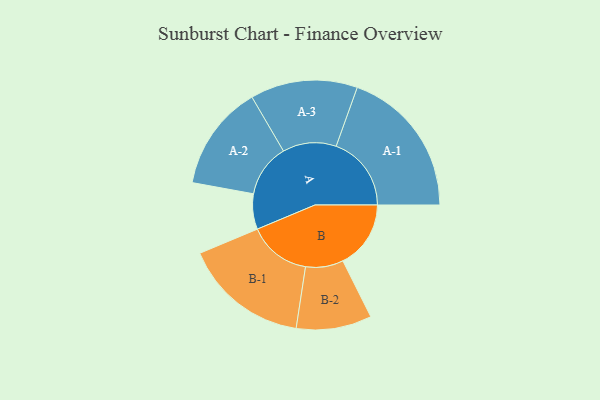
{"axis": {"x": "Segment", "y": "Value"}, "legend": ["", "A", "B"], "data": [{"x": "A", "y": 136, "type": ""}, {"x": "B", "y": 261, "type": ""}, {"x": "A-1", "y": 289, "type": "A"}, {"x": "A-2", "y": 203, "type": "A"}, {"x": "A-3", "y": 206, "type": "A"}, {"x": "B-1", "y": 241, "type": "B"}, {"x": "B-2", "y": 145, "type": "B"}]}